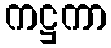
ကဋ္ဌကာ